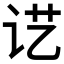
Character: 𰵖